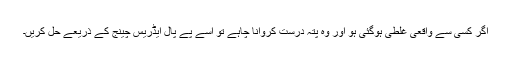
اگر کسی سے واقعی غلطی ہوگئی ہو اور وہ پتہ درست کروانا چاہے تو اسے پے پال ایڈریس چینج کے ذریعے حل کریں۔